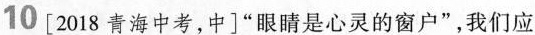
0[2018青海中考，中]”眼睛是心灵的窗户”，我们应